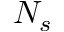
N _ { s }